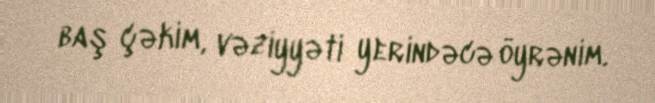
baş çəkim, vəziyyəti yerindəcə öyrənim.